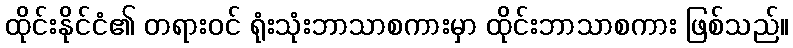
ထိုင်းနိုင်ငံ၏ တရားဝင် ရုံးသုံးဘာသာစကားမှာ ထိုင်းဘာသာစကား ဖြစ်သည်။